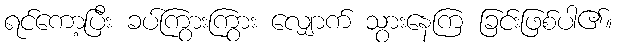
ရင်ကော့ပြီး ခပ်ကြွားကြွား လျှောက် သွားနေကြ ခြင်းဖြစ်ပါ၏။